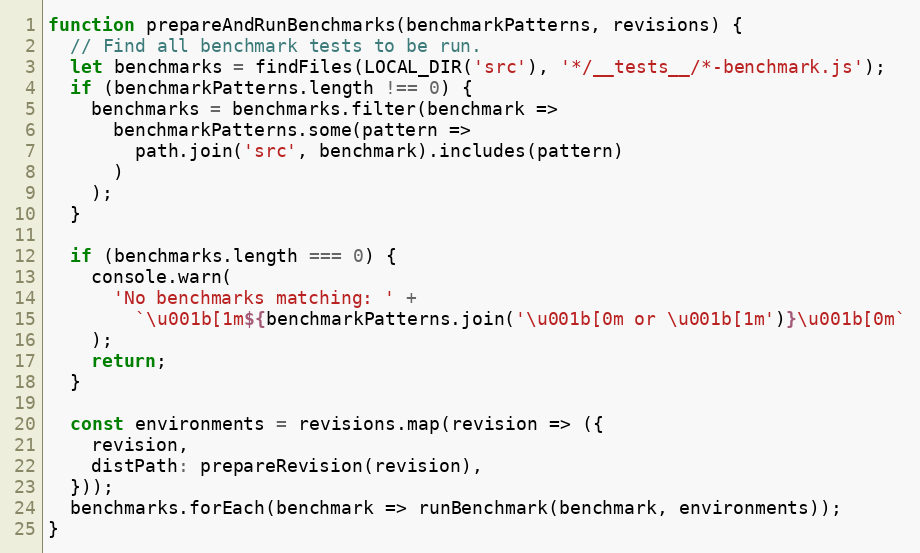
Language: JavaScript
function prepareAndRunBenchmarks(benchmarkPatterns, revisions) {
  // Find all benchmark tests to be run.
  let benchmarks = findFiles(LOCAL_DIR('src'), '*/__tests__/*-benchmark.js');
  if (benchmarkPatterns.length !== 0) {
    benchmarks = benchmarks.filter(benchmark =>
      benchmarkPatterns.some(pattern =>
        path.join('src', benchmark).includes(pattern)
      )
    );
  }

  if (benchmarks.length === 0) {
    console.warn(
      'No benchmarks matching: ' +
        `\u001b[1m${benchmarkPatterns.join('\u001b[0m or \u001b[1m')}\u001b[0m`
    );
    return;
  }

  const environments = revisions.map(revision => ({
    revision,
    distPath: prepareRevision(revision),
  }));
  benchmarks.forEach(benchmark => runBenchmark(benchmark, environments));
}